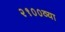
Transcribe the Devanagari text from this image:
२१००व्या